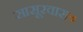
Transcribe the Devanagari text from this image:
सासूरवास५